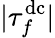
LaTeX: |\tau_{f}^{\mathrm{dc}}|